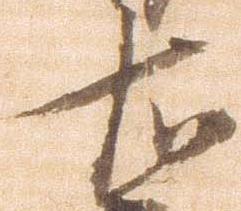
右